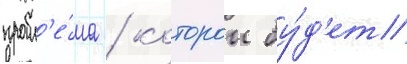
пробл'е́ма / которои бу́д'ет